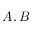
A , B